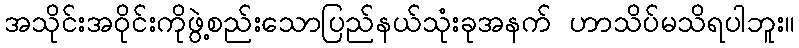
အသိုင်းအဝိုင်းကိုဖွဲ့စည်းသောပြည်နယ်သုံးခုအနက် ဟာသိပ်မသိရပါဘူး။